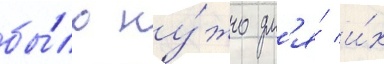
бы́ло ну́жно дл'я́ и́х